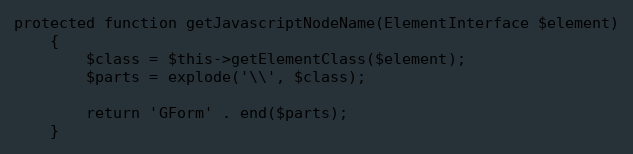
Language: PHP
protected function getJavascriptNodeName(ElementInterface $element)
    {
        $class = $this->getElementClass($element);
        $parts = explode('\\', $class);

        return 'GForm' . end($parts);
    }